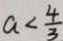
a < \frac { 4 } { 3 }